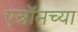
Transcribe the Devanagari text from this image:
एन्रॉनच्या